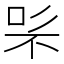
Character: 𭇨